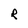
Character: R